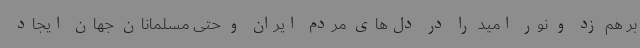
بر هم زد و نور امید را در دل‌های مردم ایران و حتی مسلمانان جهان ایجاد